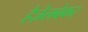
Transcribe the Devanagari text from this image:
हैज़ेलबेकर